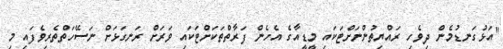
"އަޅުގަނޑުމެން ދިވެހި ރައްޔިތުންނަށްޓަކައި މީޑީއާގެ އެހެން ފަރާތްތަކަށްޓަކައި ވަރަށް ރަނގަޅަށް ނަސޭހަތްތެރިވެފައި މި